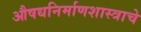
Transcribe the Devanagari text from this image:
औषधनिर्माणशास्त्राचे